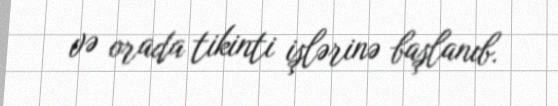
və orada tikinti işlərinə başlanıb.